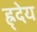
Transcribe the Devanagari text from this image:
ह्र्देय